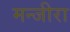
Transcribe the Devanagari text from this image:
मन्जीरा